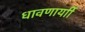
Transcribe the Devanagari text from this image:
धावणार्याी